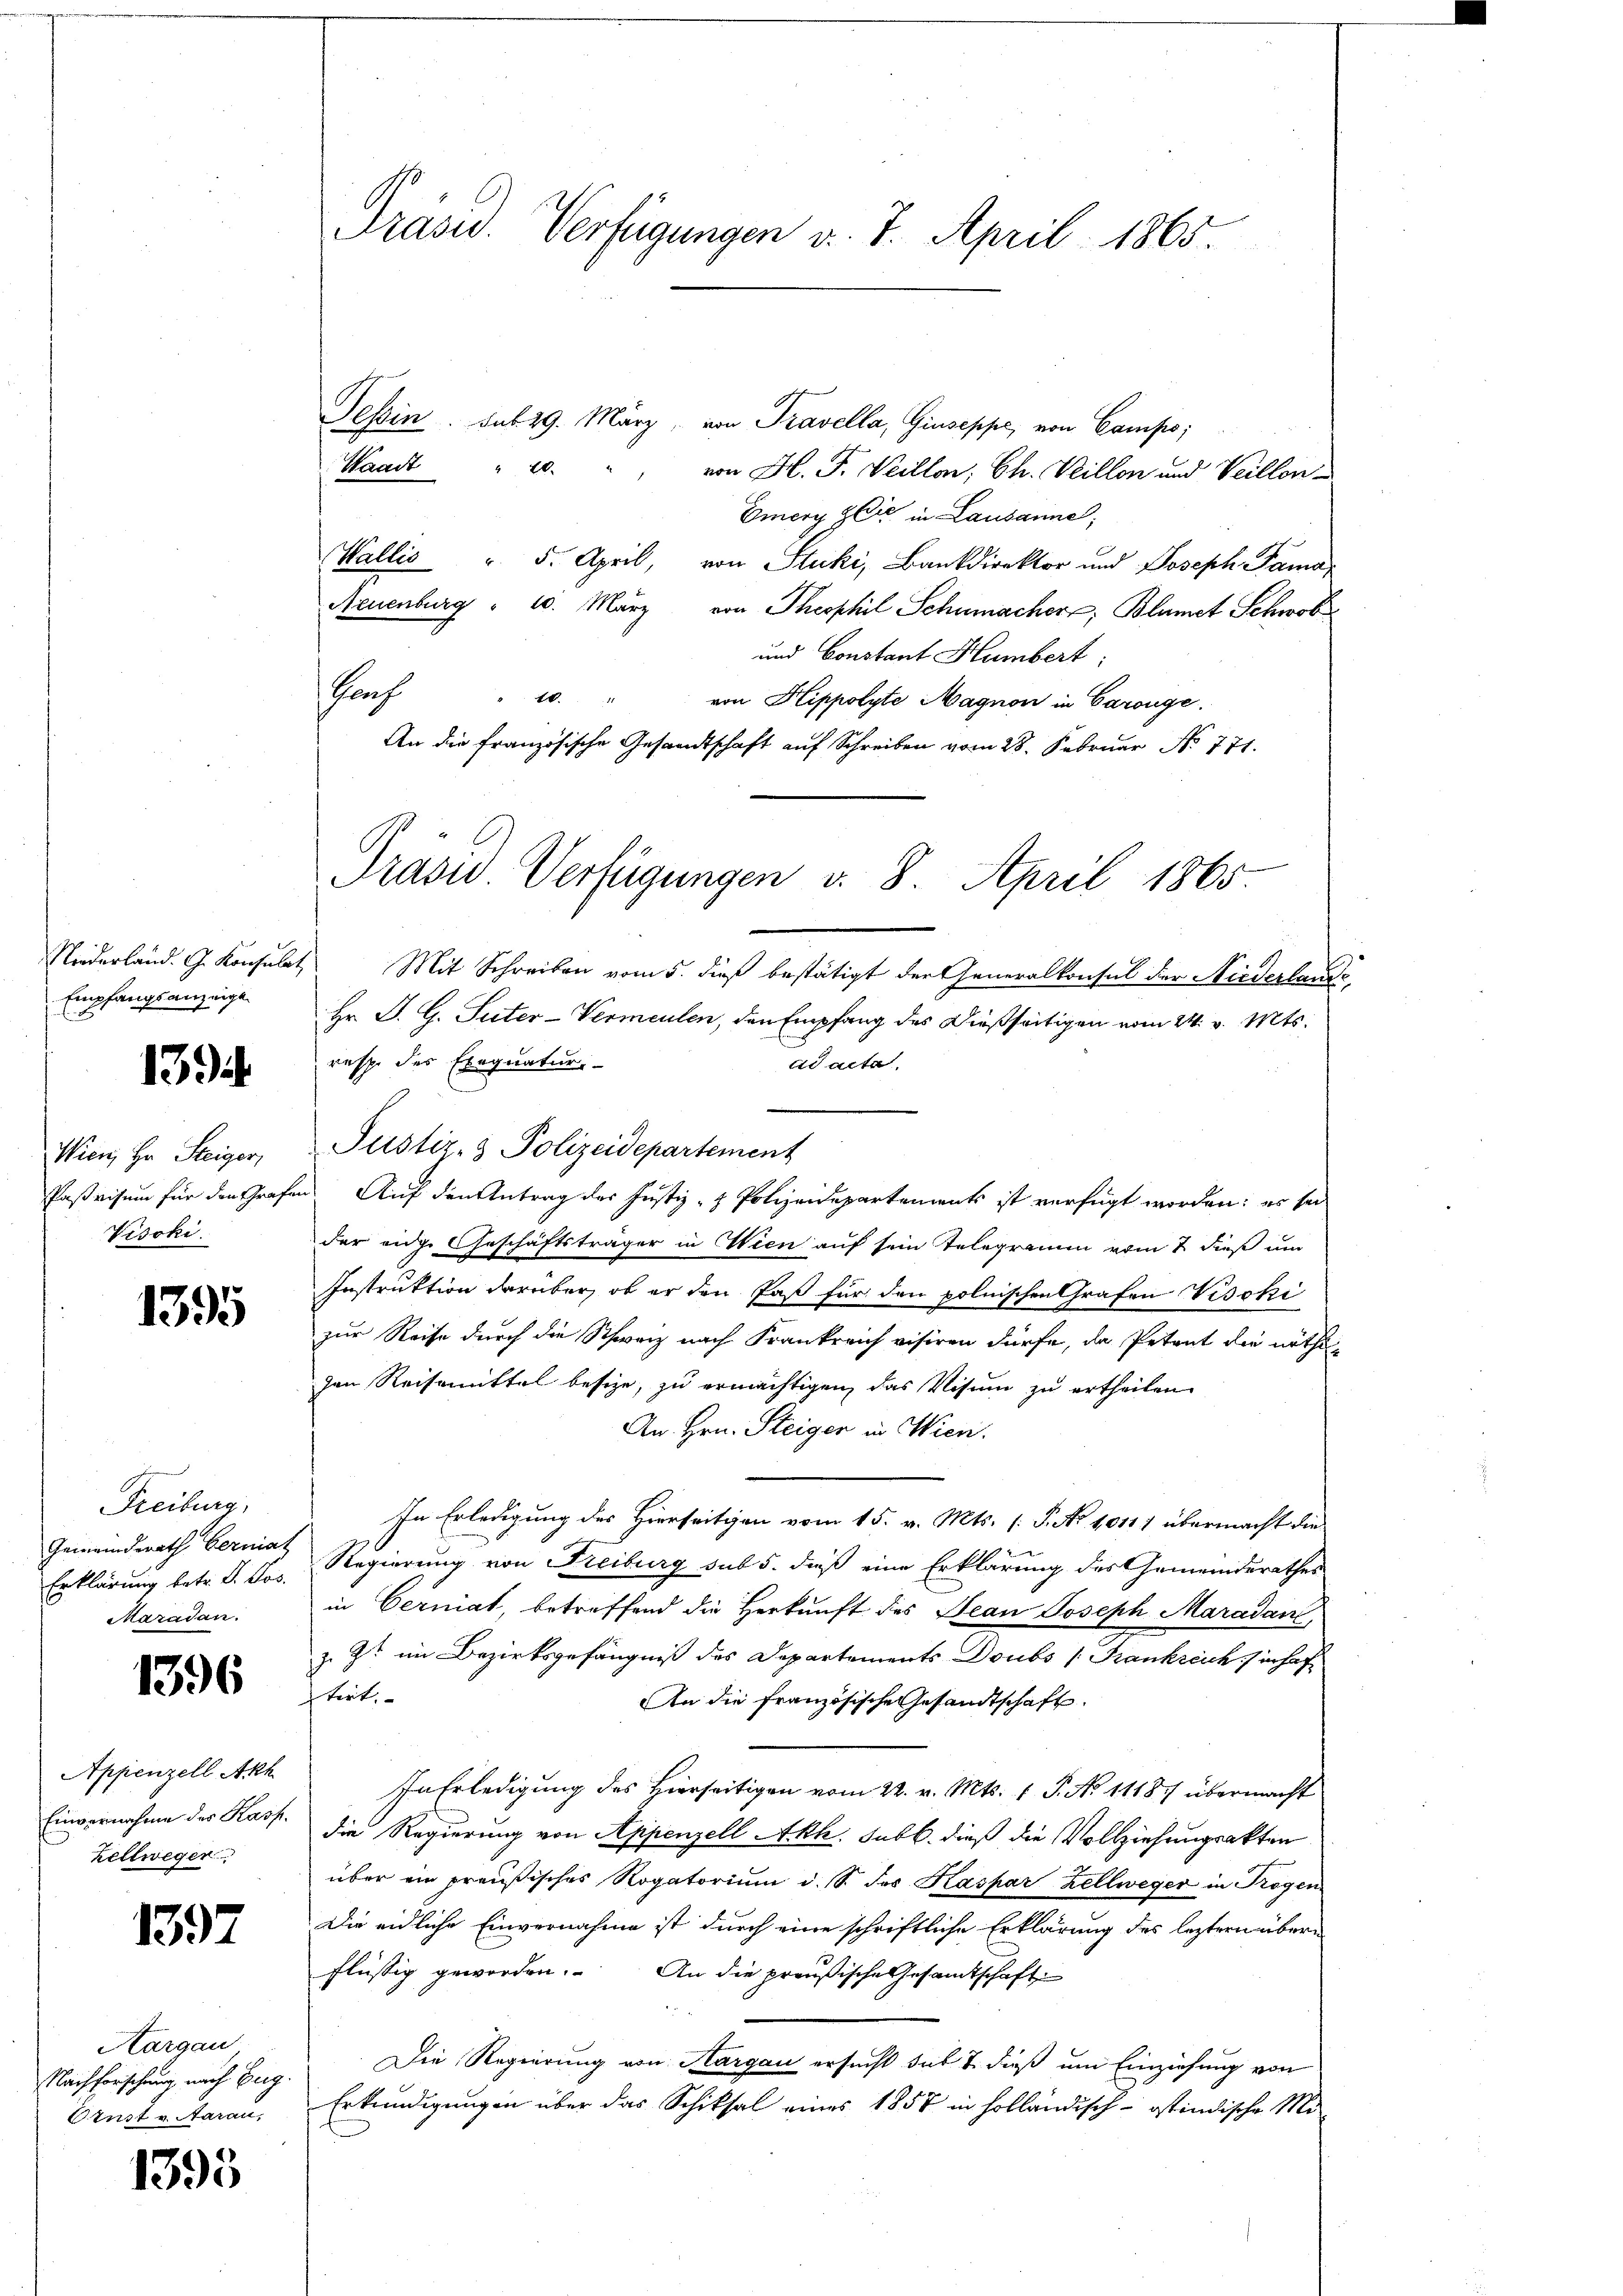
Niederland. G. Konsulat
Empfangsanzeige

1394.

Wien, Hr. Steiger,
Paßvisum für den Grafe
Visoki.

1395

Freiburg,
Gemeinderath berniat
Erklärung betr. d. Jos.
Maradan

1396

Appenzell Akh
Einvernahme des Kasp.
Zellweger

1397

Aargau
Nachforschung nach Zug.
Ornst v. Aarau,

1395

Präsid. Verfügungen d. 7. April 1865.

Prasus Verfügungen v. 8. April 1865.

Tessin. sub 29. März, von Travella, Giuseppe, von Campo;
Waadt " 10. " " von H. F. Veillen; Ch. Veillon und Veillon
Emery Zeit in Lausanne;
Wallis " 5. April, von Stucki, Bankdirektor und Joseph Pama
Neuenburg " 10. März von Theophil Schumacher, Blumet Schwob
und Constant Humbert:
auf
10.
von Klippolyte Magnon in Carouge.
An die französische Gesandtschaft auf Schreiben vom 28. Februar No. 771.
 Mit Schreiben vom 5. dieß bestätigt der Generalkonsul der Niederlande
Hr. J. G. Suter-Vermeulen, den Empfang des Dießseitigen vom 24. v. Mts.
ad acta.
resp. des Exequatur
Auf den Antrag des Justiz- & Polizeidepartements ist verfügt worden; es sei
der eige Geschäftsträger in Wien auf sein Telegramm vom 2 dieß um
Instruktion darüber, ob er den Faß für den polnischen Grafen Visoki
zur Reise durch die Schweiz nach Frankreich visiren dürfe, da Petent die nöthigen Reisemittel besize, zu ermächtigen, das Visum zu ertheilen
An Hrn. Steiger in Wien.
In Erledigung des Hierseitigen vom 15. v. Mts. (T. No 1011) übermacht die
Regierung von Freiburg sub 5. dieß eine Erklärung des Gemeinderathes
in Germat, betreffend die Herkunft des Jean Joseph Maradan
z. Zt. im Bezirksgefängniß des Departements Doubs (Frankreich inhaf
tirt. |
An die französische Gesandtschaft
In Erledigung des Hierseitigen vom 22. v. Mts. 1 S. No 1118/ übermacht
die Regierung von Appenzell Akh. Subl. dieß die Vollziehungsakten
über ein preußisches Rogatorium d. S. des Kaspar Zellweger in Trogen
Die eidliche Einvernahme ist durch eine schriftliche Erklärung des leztern übern
flüssig geworden. An die preußische Gesamtschafte
Die Regierung von Aargau ersucht sub 7 dieß um Einziehung von
Erkundigungen über das Schiksal eines 1857 in holländisch-östindische Mi

Justiz- & Polizeidepartement